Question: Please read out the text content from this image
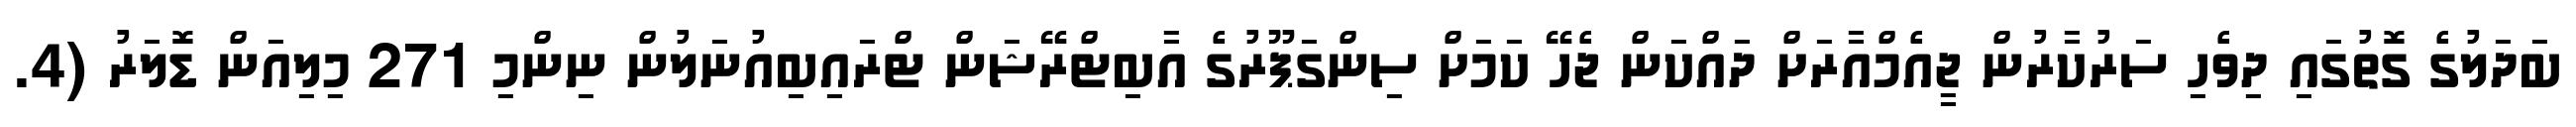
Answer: ބަދަލުގެ ގޮތުގައި ދިވެހި ސަރުކާރުން ޖީއެމްއާރަށް ދައްކަން ޖެހޭ ކަމަށް ސިންގަޕޫރުގެ އާބިޓްރޭޝަން ޓްރައިބިއުނަލުން ނިންމި 271 މިލިއަން ޑޮލަރު (4.